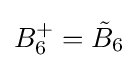
B_{6}^{+}={\tilde {B}}_{6}